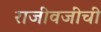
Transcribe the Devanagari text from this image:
राजीवजींची